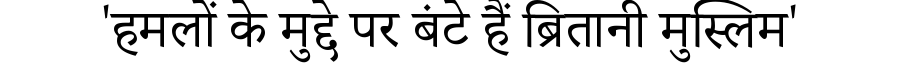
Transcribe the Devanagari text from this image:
'हमलों के मुद्दे पर बंटे हैं ब्रितानी मुस्लिम'